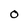
Character: O